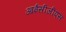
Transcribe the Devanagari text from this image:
आईसीजीएस